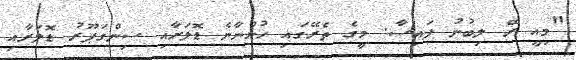
"މިއީ ރޭ ލިބުނު ފައިސާ. މީގެ ތެރޭގައި ހުންނާނެ ޑޮލަރާއި ސިންގަޕޫރު ޑޮލަރާއި